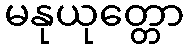
မနုယုတ္တော